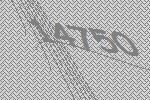
14750